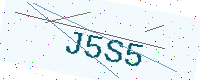
Text: J5S5